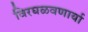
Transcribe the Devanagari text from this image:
विरघळवणार्या